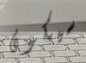
سيكون